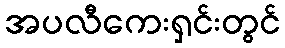
အပလီကေးရှင်းတွင်